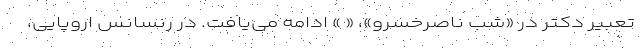
تعبیر دکتر در «شب ناصرخسرو»، « » ادامه می‌یافت. در رنسانس اروپایی،